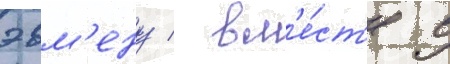
эвм'ену / вм'е́ст'е с